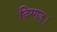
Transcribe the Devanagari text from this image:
दिग्गज।